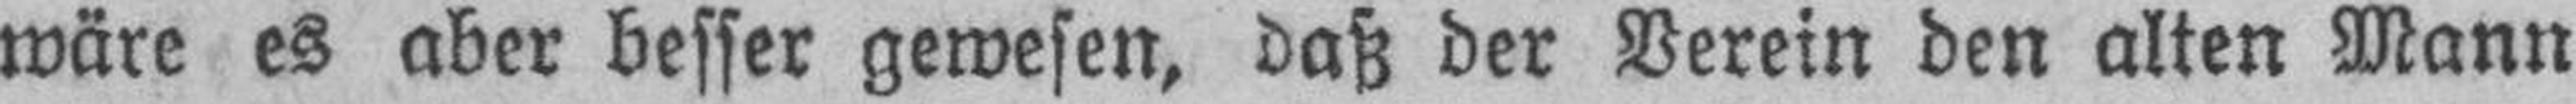
wäre es aber besser gewesen, daß der Verein den alten Mann